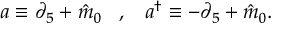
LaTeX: a \equiv \partial _ { 5 } + { \hat { m } } _ { 0 } \; \; \; , \; \; \; a ^ { \dagger } \equiv - \partial _ { 5 } + { \hat { m } } _ { 0 } .